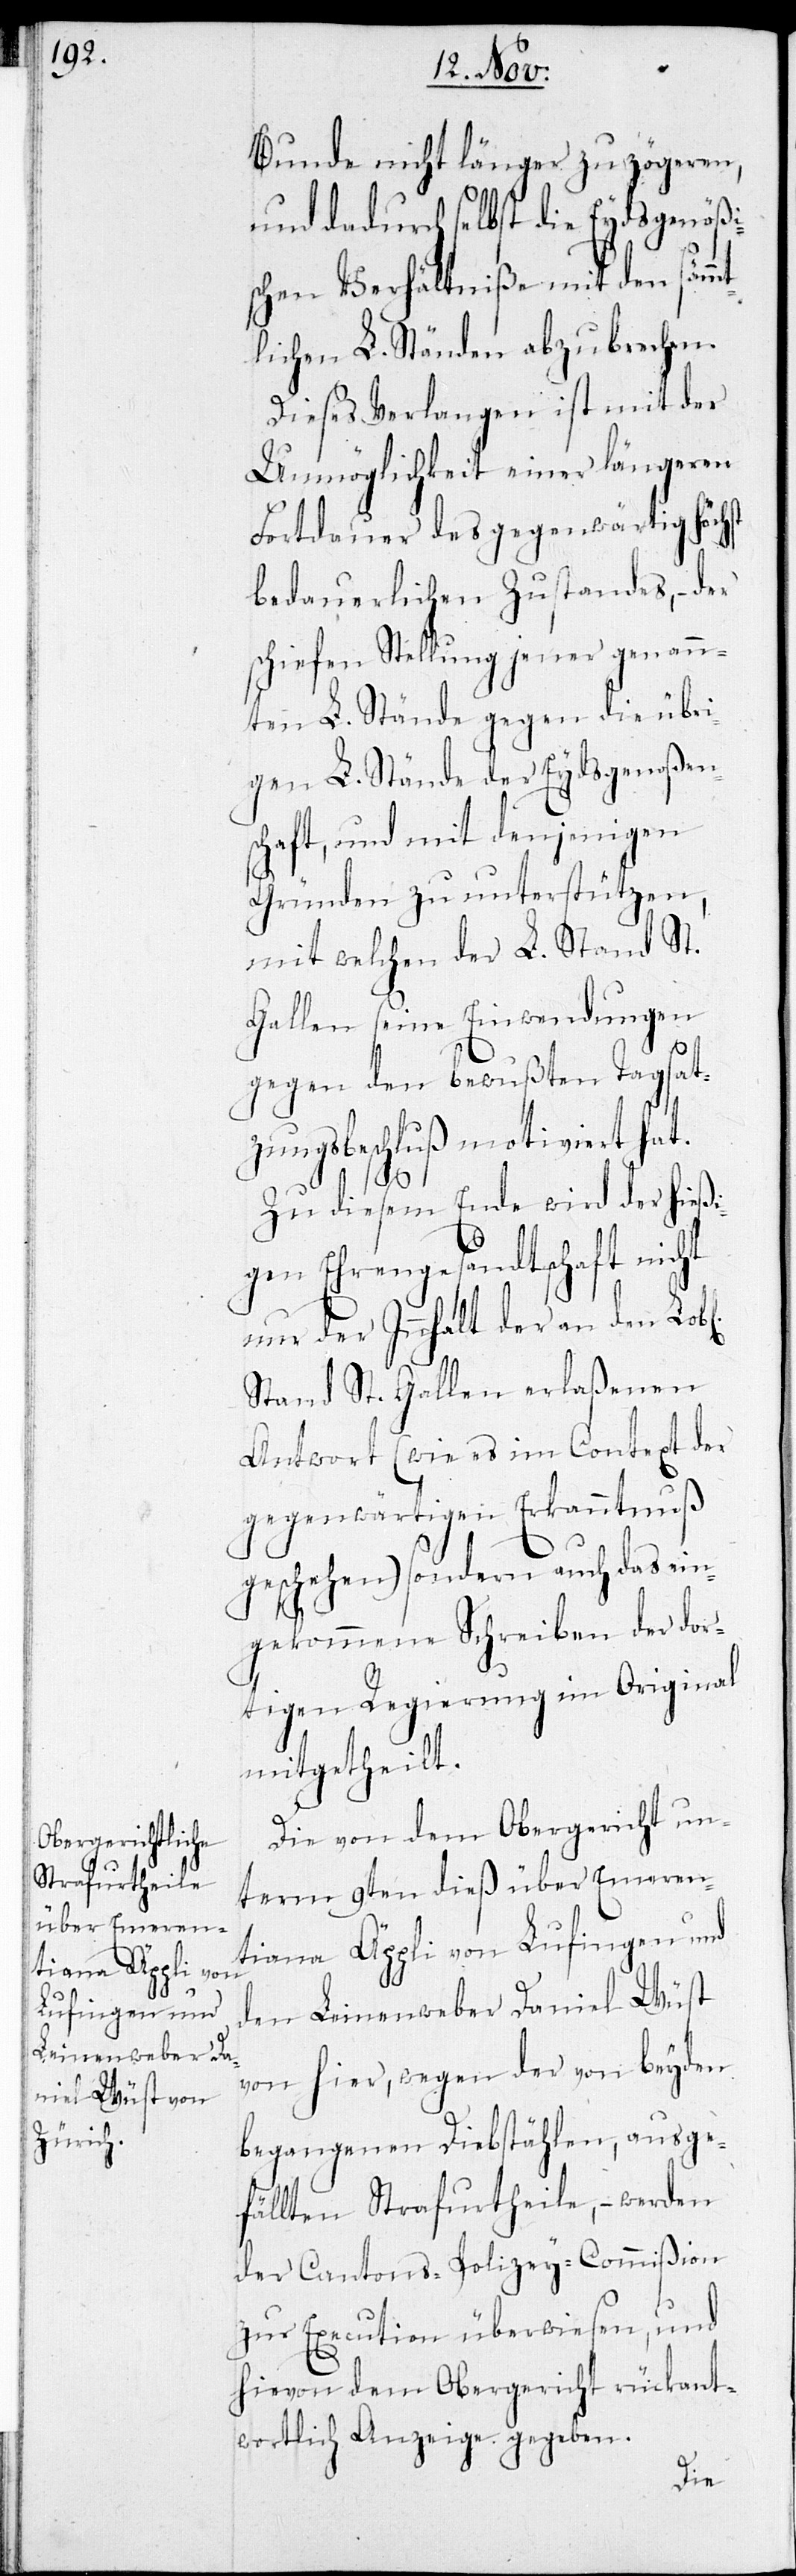
mt¬

Bunde nicht länger zu zögeren,
und dadurch selbst die Eydsgenößis¬
chen Verhältniße mit den säm¬
lichen L. Ständen abzubrechen.
Dieses Verlangen ist mit der
Unmöglichkeit einer längeren
Fortdauer des gegenwärtig höchst
bedauerlichen Zustandes, - der
schiefen Stellung jener genann¬
ten L. Stände gegen die übri¬
gen L. Stände der Eydsgenoßen¬
schaft, und mit denjenigen
Gründen zu unterstützen,
mit welchen der L. Stand St.
Gallen seine Einwendungen
gegen den bewußten Tagsat¬
zungsbeschluß motiviert hat.
Zu diesem Ende wird der hießi¬
gen Ehrengesandtschaft nicht
nur der Innhalt der an den Lobl.
Stand St. Gallen erlaßenen
Antwort (wie es im Context der
gegenwärtigen Erkanntnuß
geschehen) sondern auch das ein¬
gekommene Schreiben der dor¬
tigen Regierung im Original
mitgetheilt.
Die von dem Obergericht un¬
term 9ten dieß über Emeren¬
tiana Äppli von Lufingen und
den Leinenweber Daniel Wüst
von hier, wegen der von beyden
begangenen Diebstählen, ausge¬
fällten Strafurtheile, – werden
der Cantons-Polizey-Commißion
zur Execution überwiesen, und
hievon dem Obergericht rückant¬
wortlich Anzeige gegeben.